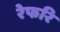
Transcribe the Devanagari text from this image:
रेफरि